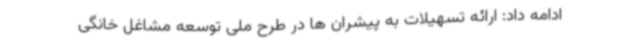
ادامه داد: ارائه تسهیلات به پیشران ها در طرح ملی توسعه مشاغل خانگی